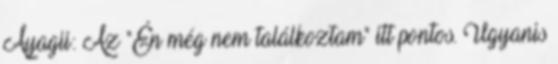
Ayagii: Az "Én még nem találkoztam" itt pontos. Ugyanis